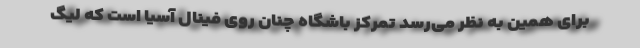
برای همین به نظر می‌رسد تمرکز باشگاه چنان روی فینال آسیا است که لیگ